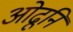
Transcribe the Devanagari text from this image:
ओढूनि